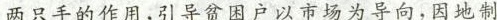
两只手的作用，引导贫困户以市场为导向，因地制